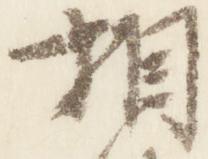
相